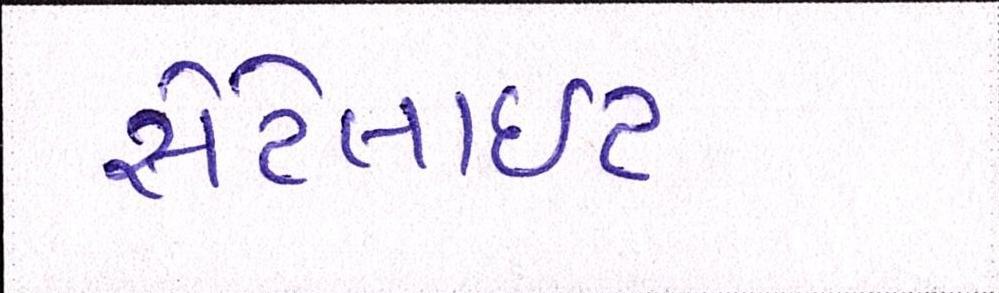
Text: સેટેલાઈટ